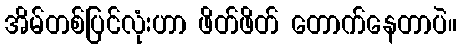
အိမ်တစ်ပြင်လုံးဟာ ဖိတ်ဖိတ် တောက်နေတာပဲ။